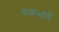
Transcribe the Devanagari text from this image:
येकभावें